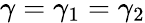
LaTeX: \gamma=\gamma_{1}=\gamma_{2}